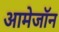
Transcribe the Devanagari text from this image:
आमेजॉन